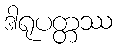
ဒါရုပတ္တဿ